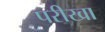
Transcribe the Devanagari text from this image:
परीखा